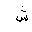
Letter: _shin